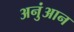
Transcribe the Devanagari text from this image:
अनुंआन